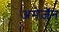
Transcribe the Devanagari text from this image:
अमेज़ॅन